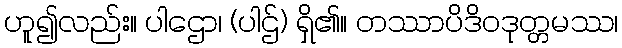
ဟူ၍လည်း။ ပါဌော၊ (ပါဌ်) ရှိ၏။ တဿာပိဒိဝဒုတ္တမဿ၊